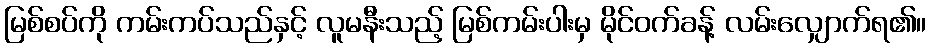
မြစ်စပ်ကို ကမ်းကပ်သည်နှင့် လူမနီးသည့် မြစ်ကမ်းပါးမှ မိုင်ဝက်ခန့် လမ်းလျှောက်ရ၏။